Civil Veterinary Department. Madras. Admin. report 1926-33 - 1926-1933
Year: 1926
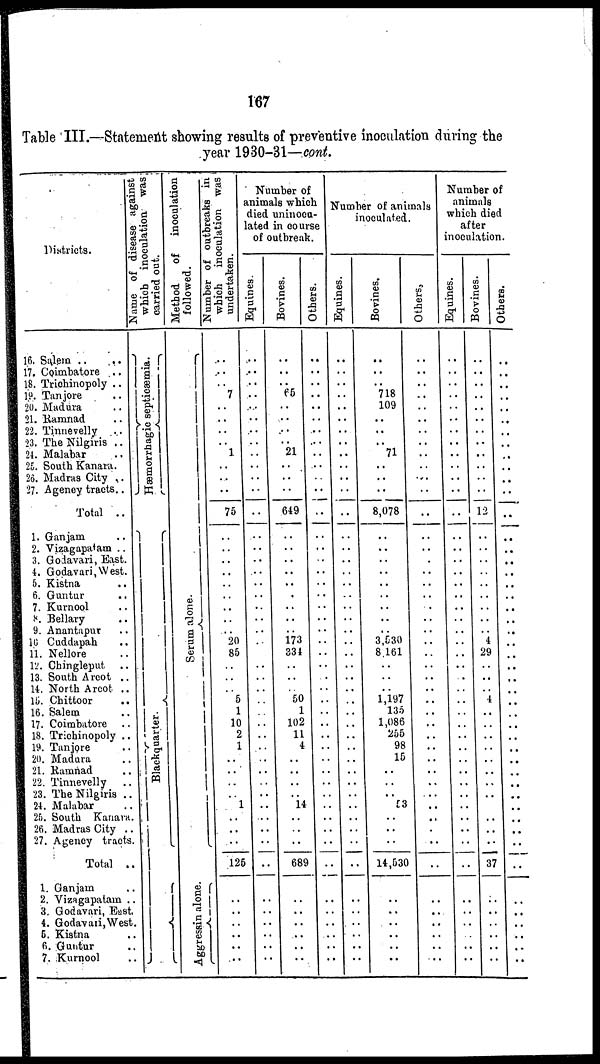
167
Table III.—Statement showing results of preventive inoculation during the
year 1930-31—cont.
Districts.
16. Salem .. ..
17. Coimbatore ..
18. Trichinopoly ..
19. Tanjore ..
20. Madura
21. Ramnad ..
22. Tinnevelly ..
23. The Nilgiris ..
24. Malabar ..
25. South Kanara.
26. Madras City ..
27. Agency tracts..
Total ..
1. Ganjam ..
2. Vizagapatam ..
3. Godavari, East.
4. Godavari,West.
5. Kistna ..
6. Guntur ..
7. Kurnool ..
8. Bellary ..
9. Anantapur ..
10. Cuddapah ..
11. Nellore ..
12. Chingleput ..
13. South Arcot ..
14. North Arcot ..
15. Chittoor ..
16. Salem ..
17. Coimbatore ..
18. Trichinopoly ..
19. Tanjore ..
20. Madura ..
21. Ramnad ..
22. Tinnevelly ..
23. The Nilgiris ..
24. Malabar ..
25. South Kanara .
26. Madras City ..
27. Agency tract
Total ..
1. Ganjam ..
2. Vizagapatam ..
3. Godavari, East
4. Godavari,West.
5. Kistna ..
6. Guntur ..
7. Kurnool ..
Name of disease against
which inoculation was
carried out.
Hæmorrhagic septicæmia.
Blackquarter.
Method
of
inoculation
followed.
Serum alone.
Aegressin alone.
Number of outbreaks in
which inoculation was
undertaken.
..
..
..
7
..
..
..
..
1
..
..
..
75
..
..
..
..
..
..
..
..
..
20
85
..
..
..
5
1
10
2
1
..
..
..
..
1
..
..
..
125
..
.. ..
..
..
..
..
Number of
animals which
died uninocu-
lated in course
of outbreak.
Equines.
..
..
..
..
..
..
..
..
..
..
..
..
..
..
..
..
..
..
..
..
..
..
..
..
..
..
..
..
..
..
..
..
..
..
..
..
..
..
..
..
..
..
..
...
..
..
..
..
Bovines.
..
..
..
65
..
..
..
..
21
..
..
..
649
..
..
..
..
..
..
..
..
..
173
334
..
..
..
Others.
..
..
..
..
..
..
..
..
..
..
..
..
..
..
..
..
..
..
..
..
..
..
..
..
..
50
1
102
11
..
..
..
..
..
4
..
..
..
..
14
..
..
..
..
..
..
689
..
..
..
..
..
..
..
..
..
..
..
..
..
..
Number of animals
inoculated.
Equines.
..
..
..
..
..
..
..
..
..
..
..
..
..
..
..
..
..
..
..
..
..
..
..
..
..
..
..
..
..
..
..
..
..
..
..
..
..
..
..
..
..
..
..
..
..
..
..
..
Bovines.
..
..
..
718
109
..
..
..
71
..
..
..
8,078
..
..
..
..
..
..
..
..
..
3,530
8.161
..
..
..
1,197
135
1,086
255
98
15
..
..
..
53
..
..
..
14,530
..
..
..
..
..
..
..
Others,
..
..
..
..
..
..
..
..
..
..
..
..
..
..
..
..
..
..
..
..
..
..
..
..
..
..
..
..
..
..
..
..
..
..
..
..
..
..
..
..
..
..
..
..
..
..
..
..
Number of
animals
which died
after
inoculation.
Equines.
..
..
..
..
..
..
..
..
..
..
..
..
..
..
..
..
..
..
..
..
..
..
..
..
..
..
..
..
..
..
..
..
..
..
..
..
..
..
..
..
..
..
..
..
..
..
..
..
Bovines.
..
..
..
..
..
..
..
..
..
..
..
.
12
..
..
..
..
..
..
..
..
..
..
..
..
..
..
..
..
..
..
..
..
..
..
..
..
..
..
..
..
..
..
..
..
..
..
Others.
..
..
..
..
..
..
..
..
..
..
..
..
..
..
..
..
..
..
..
..
..
..
4
29
..
..
..
4
..
..
..
..
..
..
..
..
..
..
..
..
37
..
..
..
..
..
..
..
..
..
..
..
..
..
..
..
..
..
..
..
..
..
..
..
..
..
..
..
..
..
..
..
..
..
..
..
..
..
..
..
..
..
..
..
..
..
..
..
..
..
..
..
..
..
..
..